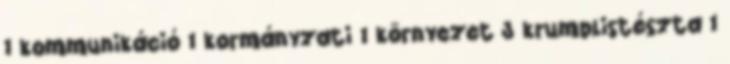
1 kommunikáció 1 kormányzati 1 környezet 3 krumplistészta 1